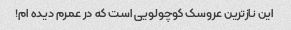
این نازترین عروسک کوچولویی است که در عمرم دیده ام!